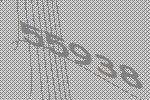
55938